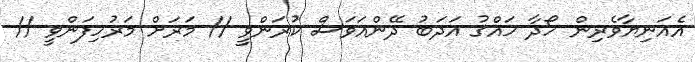
އެއަނިޔާވެރިން ހޯދާ ހައްޤު އަދަބު ދޭންއަވަސް ކުރަންވީ // މަރަށް މަރުހިފަންވީ //